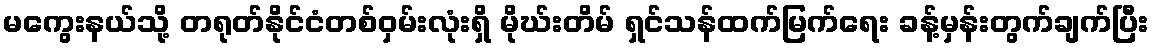
မကွေးနယ်သို့ တရုတ်နိုင်ငံတစ်ဝှမ်းလုံးရှိ မိုဃ်းတိမ် ရှင်သန်ထက်မြက်ရေး ခန့်မှန်းတွက်ချက်ပြီး